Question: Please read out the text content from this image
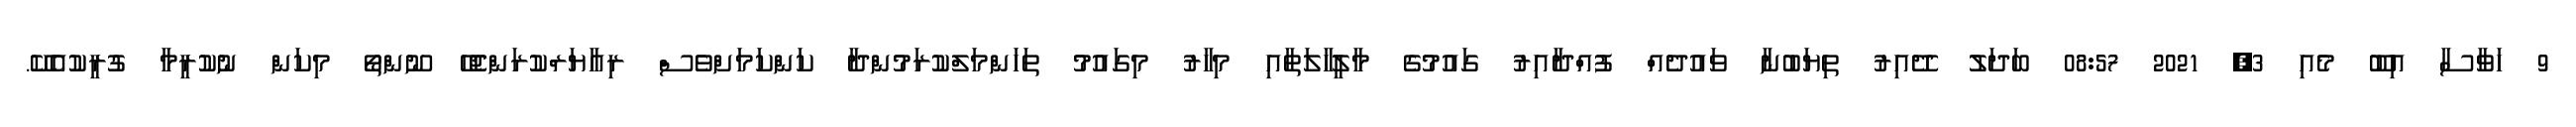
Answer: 9 ހަވާސާ އިބޫ މެއި 3, 2021 08:57 ބަދަލު ދޭއިރު ތިޔަބުނާ ވައުދެއް ފުއްދާއިރު ގައުމުގެ މާލީހާލަތާއި މިހާރު މިގައުމު ތަހަންމަލްކުރަމުންދާ ކަންކަމަށްވެސް ރިއާޔަރްކުރަންޖެހޭ ނޫންތޯ މިކަން ނުކުރީމާ ގުރީކުއެކޭ.